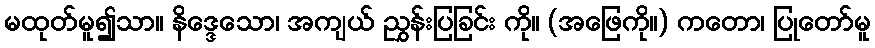
မထုတ်မူ၍သာ။ နိဒ္ဒေသော၊ အကျယ် ညွှန်းပြခြင်း ကို။ (အဖြေကို။) ကတော၊ ပြုတော်မူ